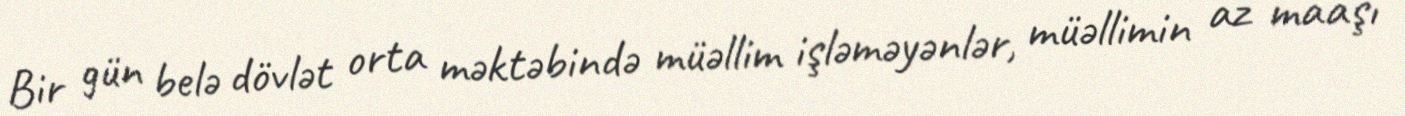
Bir gün belə dövlət orta məktəbində müəllim işləməyənlər, müəllimin az maaşı